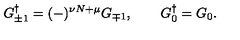
G _ { \pm 1 } ^ { \dagger } = ( - ) ^ { \nu N + \mu } G _ { \mp 1 } , \quad \quad G _ { 0 } ^ { \dagger } = G _ { 0 } .